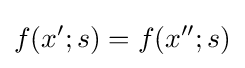
f(x';s)=f(x'';s)